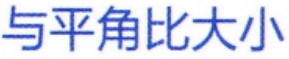
与平角比大小